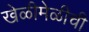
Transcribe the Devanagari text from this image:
खेळीमेळीची